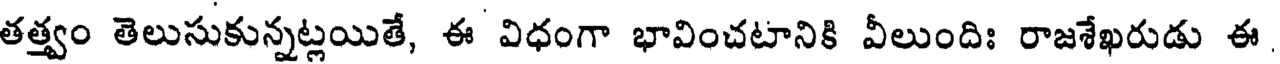
తత్త్వం తెలుసుకున్నట్లయితే, ఈ విధంగా భావించటానికి వీలుందిః రాజశేఖరుడు ఈ